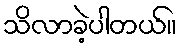
သိလာခဲ့ပါတယ်။